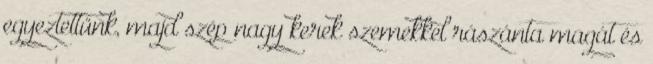
egyeztettünk, majd szép nagy kerek szemekkel rászánta magát és